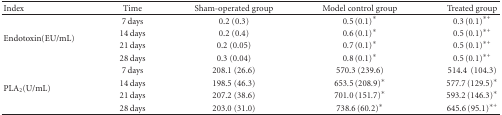
<table><thead><tr><td><b>Index</b></td><td><b>Time</b></td><td><b>Sham-operated group</b></td><td><b>Model control group</b></td><td><b>Treated group</b></td></tr></thead><tbody><tr><td rowspan="4">Endotoxin(EU/mL)</td><td>7 days</td><td>0.2 (0.3)</td><td>0.5 (0.1)*</td><td>0.3 (0.1)*<sup>+</sup></td></tr><tr><td>14 days</td><td>0.2 (0.4)</td><td>0.6 (0.1)*</td><td>0.5 (0.1)*<sup>+</sup></td></tr><tr><td>21 days</td><td>0.2 (0.05)</td><td>0.7 (0.1)*</td><td>0.5 (0.1)*<sup>+</sup></td></tr><tr><td>28 days</td><td>0.3 (0.04)</td><td>0.8 (0.1)*</td><td>0.5 (0.1)*<sup>+</sup></td></tr><tr><td rowspan="4">PLA<sub>2</sub>(U/mL)</td><td>7 days</td><td>208.1 (26.6)</td><td>570.3 (239.6)</td><td>514.4(104.3)</td></tr><tr><td>14 days</td><td>198.5 (46.3)</td><td>653.5 (208.9)*</td><td>577.7 (129.5)*</td></tr><tr><td>21 days</td><td>207.2 (38.6)</td><td>701.0 (151.7)*</td><td>593.2 (146.3)*</td></tr><tr><td>28 days</td><td>203.0 (31.0)</td><td>738.6 (60.2)*</td><td>645.6 (95.1)*<sup>+</sup></td></tr></tbody></table>